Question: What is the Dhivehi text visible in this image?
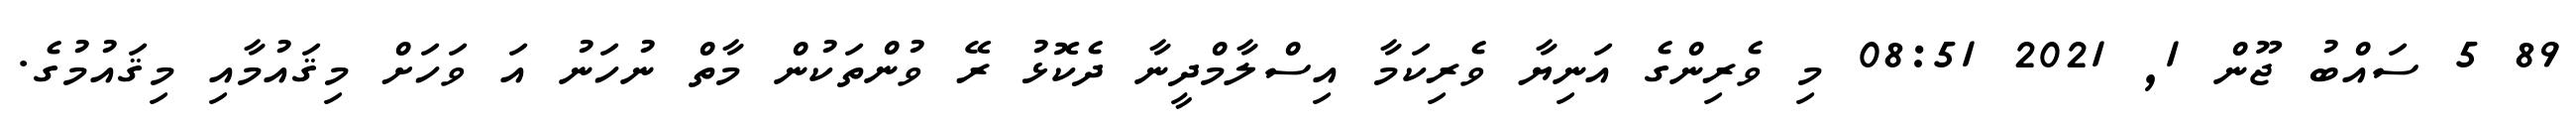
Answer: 89 5 ސައްބު ޖޫން 1, 2021 08:51 މި ވެރިންގެ އަނިޔާ ވެރިކަމާ އިސްލާމްދީނާ ދެކޮޅު ރޭ ވުންތަކުން މާތް ނުހަނު އަ ވަހަށް މިޤައުމާއި މިޤައުމުގެ.